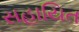
સહાયિત